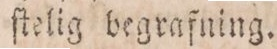
ſtelig begrafning.